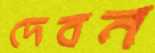
দেবন